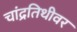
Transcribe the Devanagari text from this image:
चांद्रतिथीवर